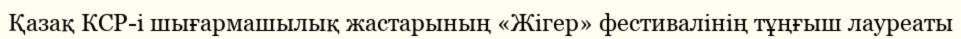
Қазақ КСР-і шығармашылық жастарының «Жігер» фестивалінің тұңғыш лауреаты